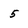
Character: 5